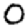
Digit: 0